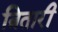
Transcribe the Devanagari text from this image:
त्रितारी